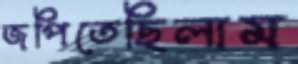
জপিতেছিলাম